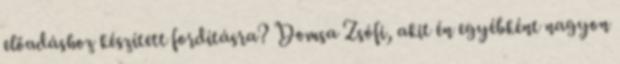
előadáshoz készített fordításra? Domsa Zsófi, akit én egyébként nagyon